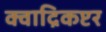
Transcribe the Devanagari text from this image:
क्वाद्रिकप्टर